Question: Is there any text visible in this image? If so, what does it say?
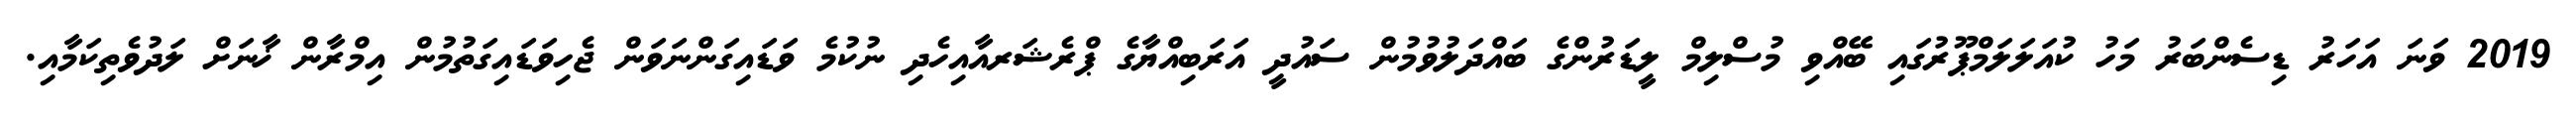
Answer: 2019 ވަނަ އަހަރު ޑިސެންބަރު މަހު ކުއަލަލަމްޕޫރުގައި ބޭއްވި މުސްލިމް ލީޑަރުންގެ ބައްދަލުވުމުން ސައުދީ އަރަބިއްޔާގެ ޕްރެޝަރއާއިހެދި ނުކުމެ ވަޑައިގަންނަވަން ޖެހިވަޑައިގަތުމުން އިމްރާން ޚާނަށް ލަދުވެތިކަމާއި.